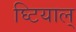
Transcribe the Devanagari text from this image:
घ्टियाल्